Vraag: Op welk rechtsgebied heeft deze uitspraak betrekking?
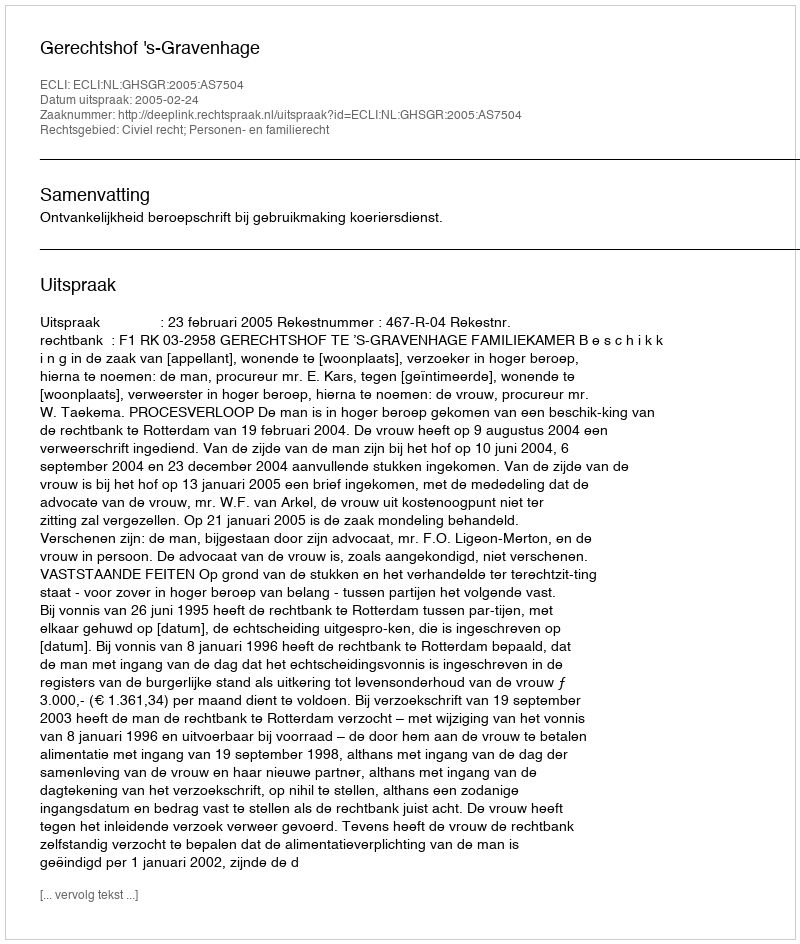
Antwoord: Civiel recht; Personen- en familierecht